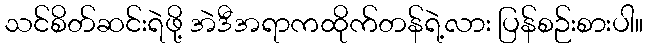
သင်စိတ်ဆင်းရဲဖို့ အဲဒီအရာကထိုက်တန်ရဲ့လား ပြန်စဉ်းစားပါ။